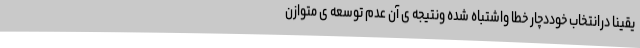
یقینا درانتخاب خوددچار خطا واشتباه شده ونتیجه ی آن عدم توسعه ی متوازن